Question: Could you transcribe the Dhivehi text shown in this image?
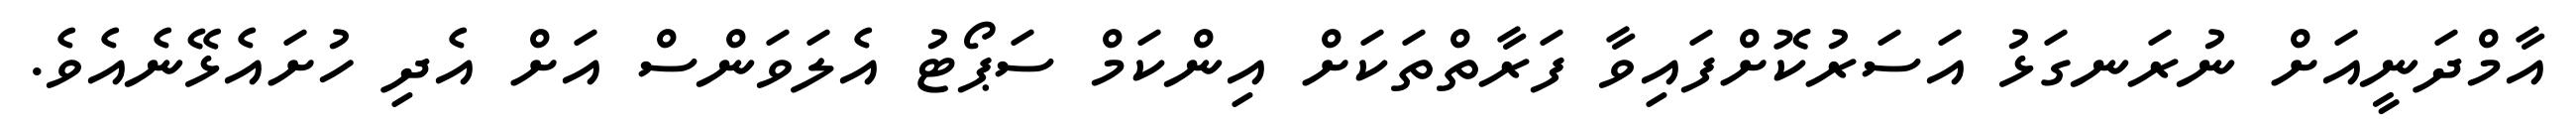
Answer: އާމްދަނީއަށް ނުރަނގަޅު އަސަރުކޮށްފައިވާ ފަރާތްތަކަށް އިންކަމް ސަޕޯޓު އެލަވަންސް އަށް އެދި ހުށައެޅޭނެއެވެ.